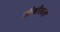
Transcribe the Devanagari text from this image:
शीथीलता